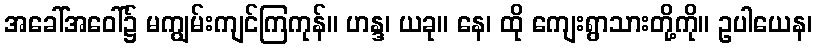
အခေါ်အဝေါ်၌ မကျွမ်းကျင်ကြကုန်။ ဟန္ဒ၊ ယခု။ နေ၊ ထို ကျေးရွာသားတို့ကို။ ဥပါယေန၊